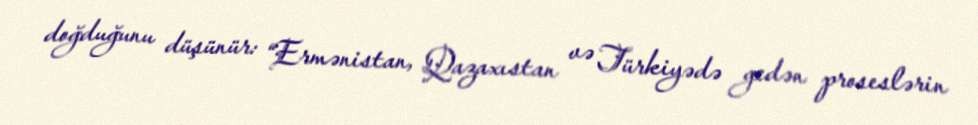
doğduğunu düşünür: “Ermənistan, Qazaxıstan və Türkiyədə gedən proseslərin